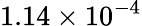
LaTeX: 1.14\times 10^{-4}